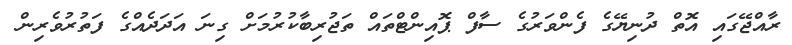
ރާއްޖޭގައި އޮތް ދުނިޔޭގެ ފެންވަރުގެ ސާފް ޕޮއިންޓްތައް ތަޖުރިބާކުރުމަށް ގިނަ އަދަދެއްގެ ފަތުރުވެރިން